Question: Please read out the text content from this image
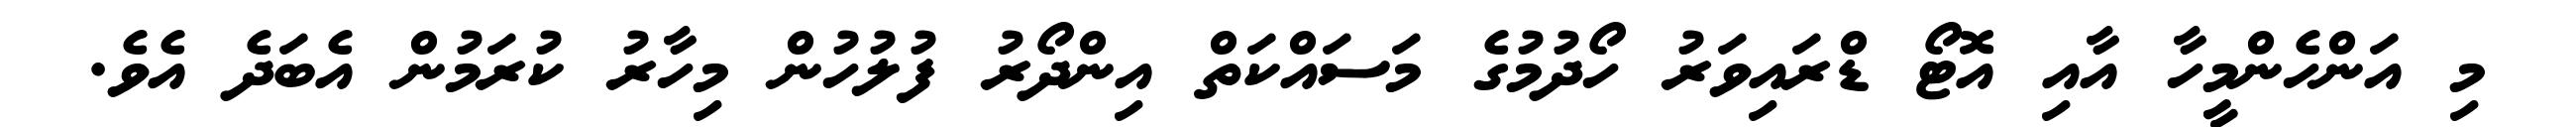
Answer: މި އަންހެންމީހާ އާއި އޮޓޯ ޑްރައިވަރު ހޯދުމުގެ މަސައްކަތް އިންދޯރު ފުލުހުން މިހާރު ކުރަމުން އެބަދެ އެވެ.